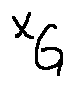
x _ { G }